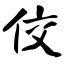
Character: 佼